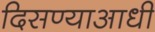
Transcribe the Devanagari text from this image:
दिसण्याआधी